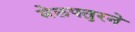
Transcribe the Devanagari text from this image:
मेलपतुरने